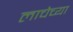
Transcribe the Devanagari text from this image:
लाचेच्या